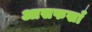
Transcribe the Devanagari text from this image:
आसफखाँ